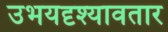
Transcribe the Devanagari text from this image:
उभयदृश्यावतार